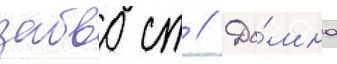
забво ст // До́мна